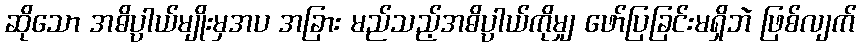
ဆိုသော အဓိပ္ပာယ်မျိုးမှအပ အခြား မည်သည့်အဓိပ္ပာယ်ကိုမျှ ဖော်ပြခြင်းမရှိဘဲ ဖြစ်လျက်